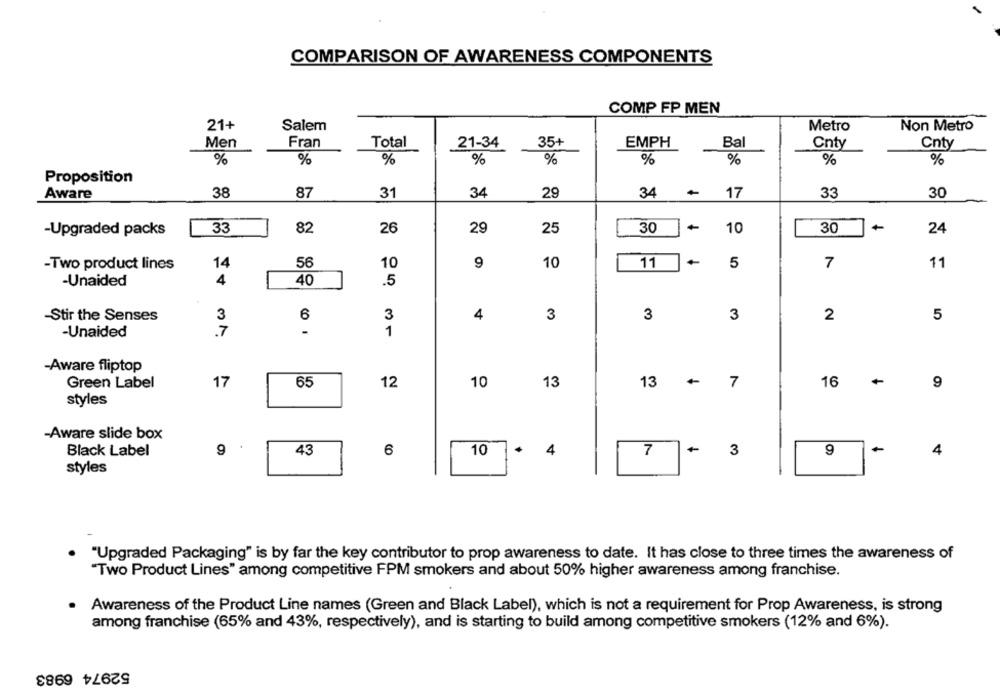
COMPARISON OF AWARENESS COMPONENTS
COMP FP MEN
21+
Salem
Metro
Non Metro
Men
Fran
Total
21-34
35+
EMPH
Bal
Cnty
Cnty
%
%
%
%
%
%
%
%
%
Proposition
Aware
38
87
31
34
29
34
17
33
30
26
29
25
30
10
30
-Upgraded packs
33
82
24
56
10
9
10
11
7
11
-Two product lines
14
5
-Unaided
4
40
.5
-Stir the Senses
3
6
3
4
3
3
3
2
5
-Unaided
-
1
-Aware fliptop
12
+
Green Label
17
65
10
13
13
7
16
9
styles
-Aware slide box
9
43
6
10
4
7
3
9
4
Black Label
styles
"Upgraded Packaging" is by far the key contributor to prop awareness to date. It has close to three times the awareness of
"Two Product Lines" among competitive FPM smokers and about 50% higher awareness among franchise.
Awareness of the Product Line names (Green and Black Label), which is not a requirement for Prop Awareness, is strong
among franchise (65% and 43%, respectively), and is starting to build among competitive smokers (12% and 6%).
52974 6983